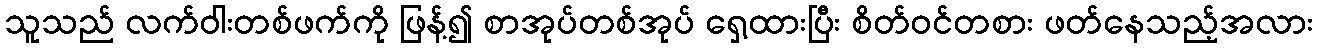
သူသည် လက်ဝါးတစ်ဖက်ကို ဖြန့်၍ စာအုပ်တစ်အုပ် ရှေ့ထားပြီး စိတ်ဝင်တစား ဖတ်နေသည့်အလား